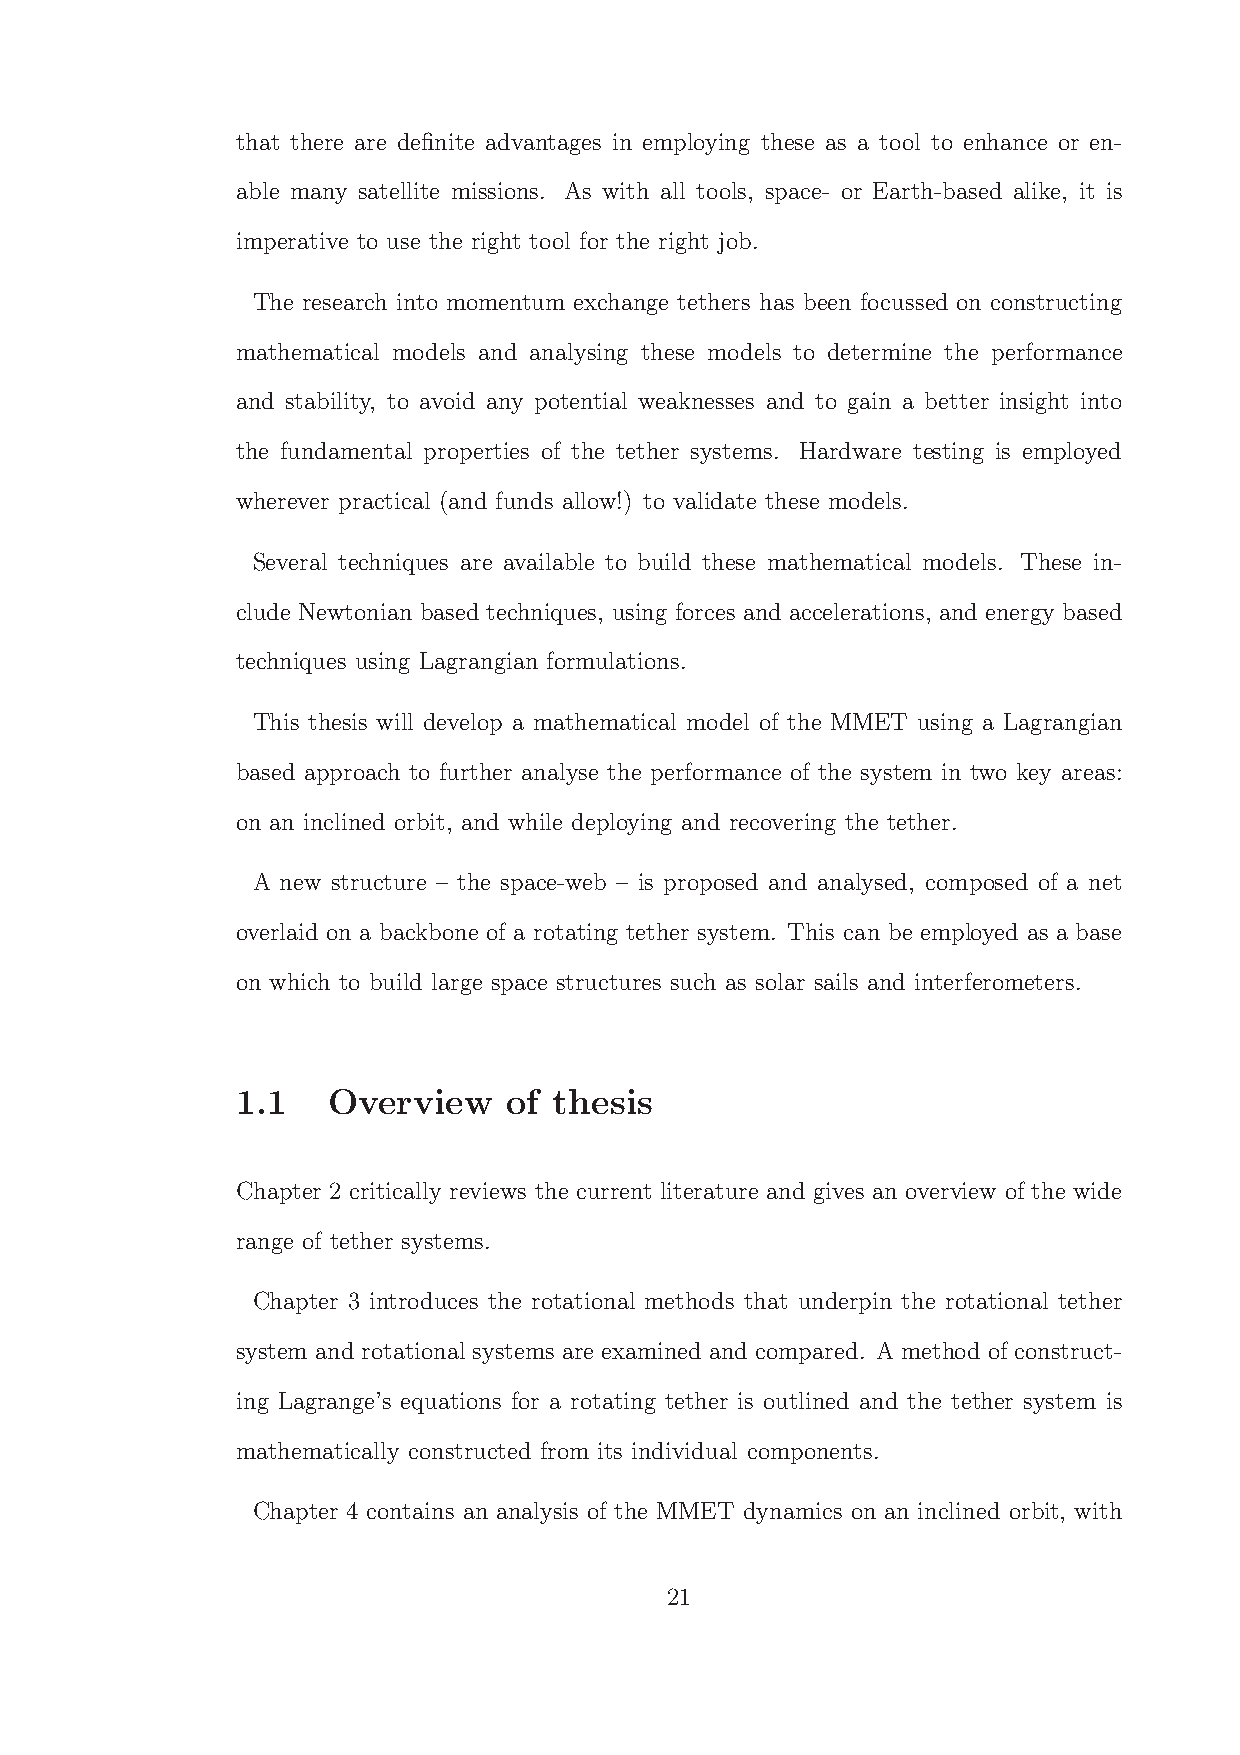
that there are definite advantages in employing these as a tool to enhance or en-
 able many satellite missions. As with all tools, space- or Earth-based alike, it is
 imperative to use the right tool for the right job.
 The research into momentum exchange tethers has been focussed on constructing
 mathematical models and analysing these models to determine the performance
 and stability, to avoid any potential weaknesses and to gain a better insight into
 the fundamental properties of the tether systems. Hardware testing is employed
 wherever practical (and funds allow!) to validate these models.
 Several techniques are available to build these mathematical models. These in-
 clude Newtonian based techniques, using forces and accelerations, and energy based
 techniques using Lagrangian formulations.
 This thesis will develop a mathematical model of the MMET using a Lagrangian
 based approach to further analyse the performance of the system in two key areas:
 on an inclined orbit, and while deploying and recovering the tether.
 A new structure – the space-web – is proposed and analysed, composed of a net
 overlaid on a backbone of a rotating tether system. This can be employed as a base
 on which to build large space structures such as solar sails and interferometers.
 1.1   Overview    of thesis
 Chapter 2 critically reviews the current literature and gives an overview of the wide
 range of tether systems.
 Chapter 3 introduces the rotational methods that underpin the rotational tether
 system and rotational systems are examined and compared. A method of construct-
 ing Lagrange’s equations for a rotating tether is outlined and the tether system is
 mathematically constructed from its individual components.
 Chapter 4 contains an analysis of the MMET dynamics on an inclined orbit, with
 21